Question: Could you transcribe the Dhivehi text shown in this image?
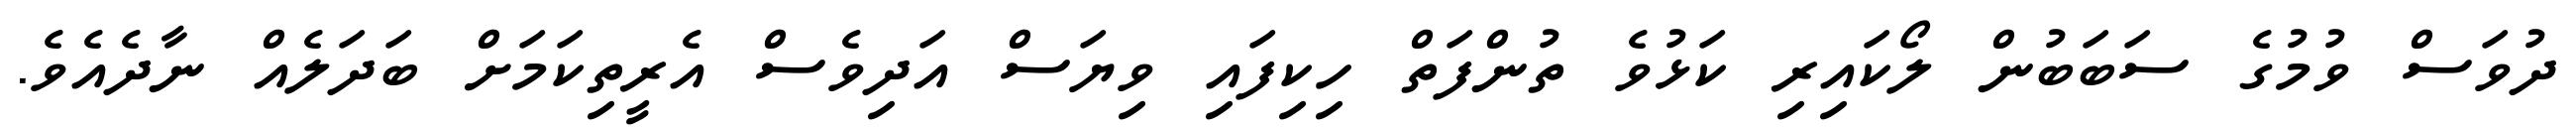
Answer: ދުވަސް ވުމުގެ ސަބަބުން ލޯކައިރި ކަޅުވެ ތުންފަތް ހިކިފައި ވިޔަސް އަދިވެސް އެރީތިކަމަށް ބަދަލެއް ނާދެއެވެ.